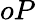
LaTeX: oP